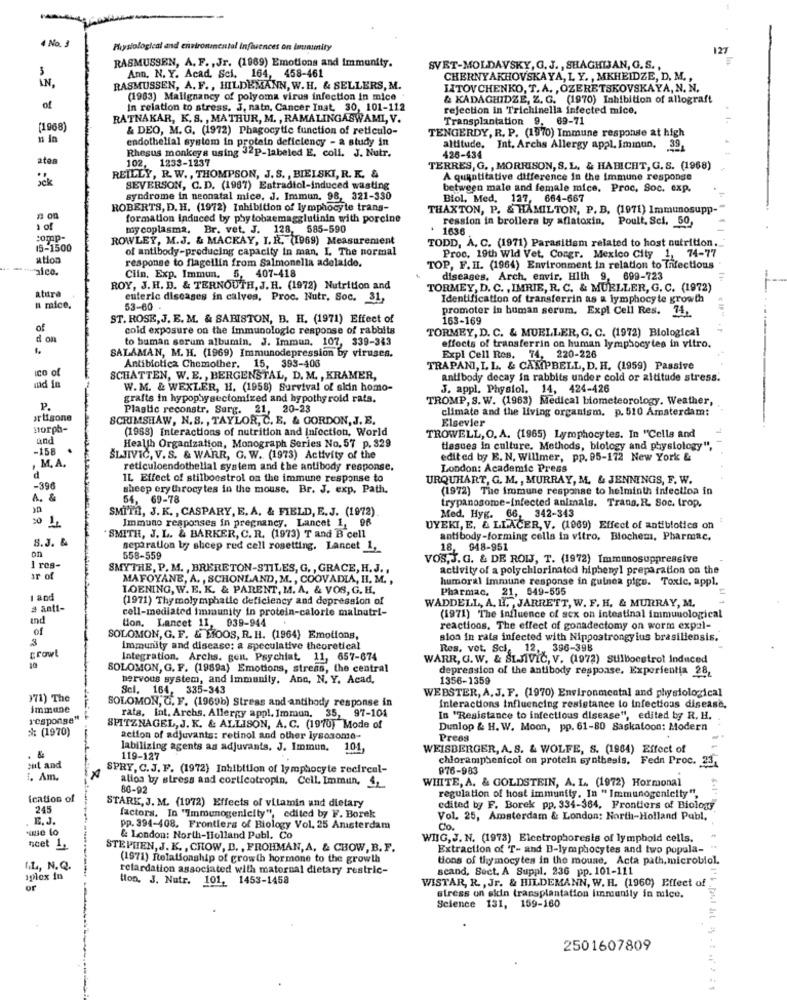
4 No. 3
Physiological and environmental influences on imunumity
127
RASMUSSEN, A. F. , Jr. (1969) Emotions and Immunity.
SVET-MOLDAVSKY, G. J ., SHAGHISAN, G. S .,
IN.
Ann. N. Y. Acad. Sci. 164, 458-461
CHERNYAKHOVSKAYA, L. Y. , MKHEIDZE, D. M. ,
RASMUSSEN, A. F ., HILDEMANN, W.H. & SELLERS, M.
HITOVCHENKO, T.A. , OZERETSKOVSKAYA, N. N.
(1983) Malignancy of polyoma virus infection in mice
& KADAGHIDZE, Z. G. (1970) Inhibition of allograft
of
in relation to stress. J, natn, Cancer Inat, 30, 101-112
rejection in Trichinella infected mice.
RATNAKAR, K. S. , MATHUR, M. , RAMALINGASWAMI, V.
Transplantation 9, 69-71
(1968)
& DEO, M. G. (1972) Phagocytic function of reticulo-
TENGERDY, R. P. (1970) Immune response at high
endothelial system in protein deficiency - a study in
Rhesus monkeys using 32P-labeled E. coli. J. Nutr.
altitude. Int. Archs Allergy appl. Immun, 39
ates
426-434
102, 1233-1237
TERRES, G. , MORRISON, S. L. & HABICHT, G. S. (1968)
REILLY, R. W ., THOMPSON, J. S. , BIELSKI, R. K. &
A quantitative difference in the immune response
SEVERSON, C.D. (1967) Estradiol-induced wasting
between male and female mice. Proc. Soc. exp.
syndrome in neonatal mice, J. Immun. 98, 321-330
Biol, Med. 127, 664-667
ROBERTS, D. H. (1972) Inhibition of lymphocyte trans-
THAXTON, P. & HAMILTON, P. B. (1971) Immunosupp-"
a on
formation Induced by phy tobaemagglutinin with porcine
ression in brollers by aflatoxin. Poult, Sci, 50,
1 of
my coplasma. Br. vet. J. 128, 585-590
1630
:omp-
ROWLEY, M.J. & MACKAY, I. R. (1969) Measurement
15-1500
of antibody-producing capacity in man, I. The normal
TODD, A. C. (1971) Parasitism related to host nutrition.
ation
response to flagellin from Salmonella adelaide.
Proc. 19th Wid Vet, Congr. Mexico City 1, 74-77
"aico.
TOP, F. IL. (1964) Environment in relation to Infectious
Ciin. Exp. Immun. 5, 407-418
diseases. Arch. envir. Hlth 9, 699-723
atura
ROY, J.H. D. & TERNOUTH, J. H. (1972) Nutrition and
TORMEY, D. C. , IMRIE, R. C. & MUELLER, G. C. (1972)
enteric diseases in calves, Proc. Nutr. Soc. 31,
Identification of transferrin as a lymphocyte growth
n mice.
53-60
promoter in human serum. Expl Cell Res. 74,
ST. ROSE, J. E. M. & SABISTON, B. H. (1971) Effect of
163-169
of
cold exposure on the Immunologie response of rabbits
TORMEY, D. C. & MUELLER, G. C. (1972) Blological
d on
to human serum albumin. J. Immun, 107, 339-343
effects of transferrin on human lymphocytes in vitro.
SALAMAN, M. H. (1969) Immunodepression by viruses.
Expl Cell Res. 74, 220-226
ICO of
Antibiotica Chemother, 15, 393-406
TRAPANI, L L. & CAMPBELL, D. H. (1959) Passive
SCHATTEN, W. E. , BERGENSTAL, D. M. , KRAMER,
antibody decay in rabbits under cold or altitude stress.
md in
W.M. & WEXLER, H. (1958) Survival of sidin homo-
J. appl. Physiol. 14, 424-426
grafts in hypophysectomized and hypothyroid rats.
TROMP, S. W. (1963) Medical biometeorology. Weather,
P.
Plastic reconstr. Surg. 21, 20-23
climate and the living organism. p. 510 Amsterdam:
arLisone
SCRIMSHAW, N. S. , TAYLOR, C. E. & GORDON, J. E.
Morph-
(1968) Interactions of nutrition and Infection, World
Elsevier
und
TROWELL, O. A. (1965) Lymphocytes. In "Cells and
-158
Health Organization, Monograph Series No. 57 p. 329
tissues in culture, Methods, biology and physiology",
SLJIVIC, V. S. & WARR, G. W. (1973) Activity of the
edited by E. N. Willmer, pp. 95-172 New York &
,M. A.
reticuloendothelial system and the antibody response,
London: Academic Press
d
IL. Effect of stilboestrol on the immune response to
URQUHART, G. M. , MURRAY, M. & JENNINGS, F. W.
-396
sheep ery throcy tes in the mouse. Br. J. exp, Path.
(1972) The immune response to helminth infection in
A. &
54, 69-78
SMITH, J. K ., CASPARY, E. A. & FIELD, E.J. (1972)
trypanosome-infected animals. Trans. R. Soc. trop.
Immune responses in pregnancy. Lancet 1, 96
Med. Hyg. 66, 342-343
UYEKI, E, & LLACER, V. (1969) Effect of antibiotics on
8.J. &
SMITH, J. L. & BARKER, C. R. (1973) T and B cell
antibody-forming cells in vitro, Biochem, Pharmac.
separation by sheep red cell rosetting. Lancet 1,
18, 948-951
558-559
VOS, J.G. & DE ROIJ, T. (1972) Immunosuppressive
I res-
SMYTHE, P. M. , BRERETON-STILES, G. , GRACE, H. J .,
activity of a polychlorinated hiphenyl preparation on the
ar of
MAFOYANE, A. , SCHONLAND, M. , COOVADIA, HI. M .,
humoral Immune response in guinea pigs. Toxic, appl.
LOENING, W. E. K. & PARENT, M. A. & VOS, G. H.
1 and
(1971) Thy molymphatic deficiency and depression of
WADDELL, A. H. , JARRETT, W. F. H. & MURRAY, M.
Pharmac. 21, 549-555
2 anti-
cell-mediated Immunity in protein-calorie malnutri-
und
tion. Lancet 11, 039-944
(1971) The influence of sex on intestinal immunological
of
reactions. The effect of gonadectomy on worm expal-
3
SOLOMON, G. F. & MOOS, R. H. (1964) Emotions,
sion in rats infected with Nippostrongy ius brasiliensis.
immunity and disease: a speculative theoretical
Res. vet. Sci, 12 ., 396-398
growl
Integration. Archs. gen. Psychiat. 11, 657-674
WARR, G. W. & SIJIVIC, V. (1972) Stilboestrol Induced
SOLOMON, G. F. (1989a) Emotions, strean, the central
depression of the antibody response. Experientia 28,
nervous system, and Immunity. Ann, N. Y. Acad,
1356-1359
Sci. 164, 335-343
WEBSTER, A. J. F. (1970) Environmental and physiological
971) The
SOLOMON, G. F. (1969b) Stress and antibody response in
immune
Interactions influencing resistance lo Infectious disease.
response"
rats, Int. Archs. Allergy appl. Immun, 35, 97-104
In "Resistance to infectious disease", edited by R. H.
: (1970)
SPITZNAGEL,J. K. & ALLISON, A. C. (1970) Mode of
Dunlop & H. W. Moon, pp. 61-80 Saskatoon: Modern
action of adjuvants: retinol and other lysosome-
Press
labilizing agents as adjuvants, J. Immun. 101,
WEISBERGER, A. S. & WOLFE, S. (1964) Effect of
119-127
chloramphenicol on protein synthesis. Fedn Proc. 23.
:ut and
SPRY, C.J. F. (1972) Inhibition of lymphocyte recircul-
976-983
1. Am.
WHITE, A. & GOLDSTEIN, A. L. (1972) Hormonal
86-92
allos by stress and corticotropin. Cell Immun,
ication of
STARK, J. M. (1972) Effects of vitamin and dietary
regulation of host immunity, In " Immunogenicity",
245
edited by F. Borek pp. 334-364, Frontiers of Biology
E. J.
factors. In "Immunogenicity", edited by F. Borek
Vol. 25, Amsterdam & London: North-Holland Publ,
we to
pp. 394-408. Frontiers of Biology Vol. 25 Amsterdam
Co.
& London: North-Holland Publ. Co
WIIG,J. N. (1973) Electrophoresis of lymphold cells.
ncet L
STEPHEN, J. K. , CHOW, D. , FROHMAN, A, & CHOW, B.F.
Extraction of T- and B-lymphocytes and two popula-
(1971) Relationship of growth hormone to the growth
tons of thymocyten in the mouse, Acta path, microbiol.
I.L ., N.Q.
retardation associated with maternal dietary restric-
scand, Sect, A Suppl. 236 pp. 101-111
molex in
tion. 3. Nutr.
101, 1453-1458
WISTAR, R. , Jr. & HILDEMANN, W. H. (1960) Effect of
or
stress on sidin transplantation immanily in mice.
Science 131, 159-160
2501607809